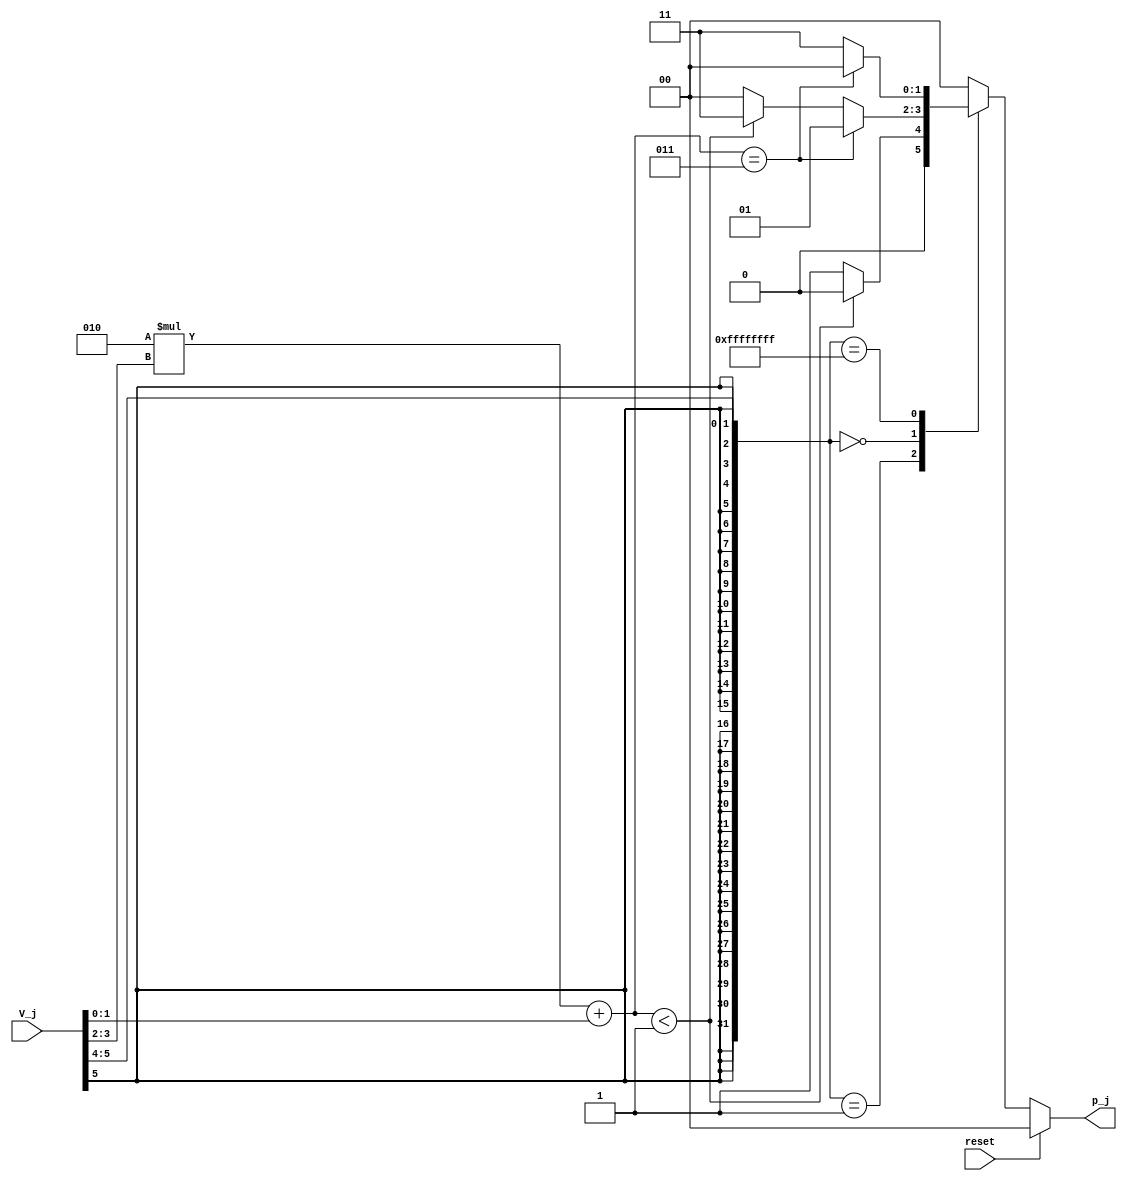
module radix2SELM(
	V_j,
	p_j,
	reset
);
	parameter no_of_digits = 8;
	parameter radix_bits = 2;
	parameter radix = 2;
	parameter delta = 3;

	input [radix_bits*delta-1:0] V_j;
	input wire reset;
	output reg signed [radix_bits-1:0] p_j;
	
	always @ * begin : alway_block
		if (reset == 1'b1)begin
			p_j = 2'b0;
		end
		else begin : case_block
			integer temp_1, temp_2;
			temp_1 = $signed(V_j[radix_bits*delta-1:radix_bits*(delta-1)]);
			temp_2 = 2*$signed(V_j[radix_bits*(delta-1)-1:radix_bits*(delta-2)])+$signed(V_j[radix_bits*(delta-2)-1:radix_bits*(delta-3)]);
			case(temp_1)
				1:begin
					if (temp_2<-1) begin
						p_j = 2'b00;
					end
					else begin
						p_j = 2'b01;
					end
				end
				0:begin
					if (temp_2==3)begin
						p_j = 2'b01;
					end
					else if (temp_2<-1) begin
						p_j = 2'b11;
					end
					else begin
						p_j = 2'b00;
					end
				end
				-1:begin
					if (temp_2==3)begin
						p_j = 2'b00;
					end
					else begin
						p_j = 2'b11;
					end
				end
				default: p_j = 2'b00;
			endcase
		end
	end
	
endmodule